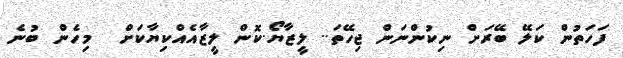
ފަހަތުން ކަލޭ ބޭރަށް ނިކުންނަން ޖިހޭތަ.. ލީޒާޔޯ.ކޮން ލީޒާއެއްކިޔާކަށް  މިހެން ބުނެ